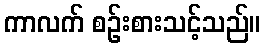
ကာလက် စဉ်းစားသင့်သည်။